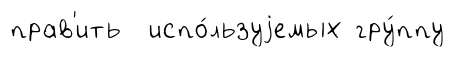
прав'ить испо́льзуjемых гру́ппу